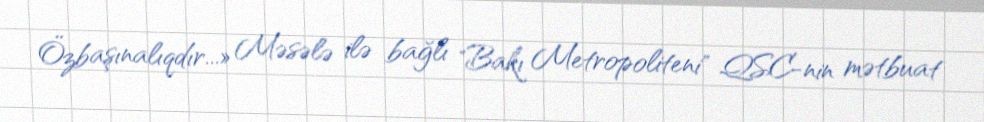
Özbaşınalıqdır...» Məsələ ilə bağlı "Bakı Metropoliteni" QSC-nin mətbuat